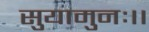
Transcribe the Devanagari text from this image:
सुयामुनः।।